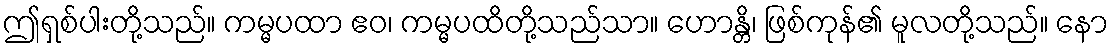
ဤရှစ်ပါးတို့သည်။ ကမ္မပထာ ဧဝ၊ ကမ္မပထိတို့သည်သာ။ ဟောန္တိ၊ ဖြစ်ကုန်၏ မူလတို့သည်။ နော